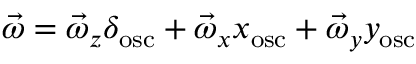
\vec { \omega } = \vec { \omega } _ { z } \delta _ { \mathrm { o s c } } + \vec { \omega } _ { x } x _ { \mathrm { o s c } } + \vec { \omega } _ { y } y _ { \mathrm { o s c } }